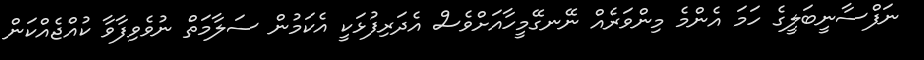
ނަފްސާނީބަލީގެ ހަމަ އެންމެ މިންވަރެއް ނޭނގޭމީހާއަށްވެސް އެދަރިފުޅަކީ އެކަމުން ސަލާމަތް ނުވެވިފާވާ ކުއްޖެއްކަން